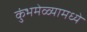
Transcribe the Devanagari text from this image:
कुंभमेळ्यामध्ये